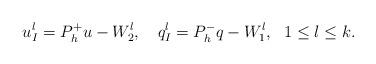
\begin{align*} u^l_I=P_h^+u-W^l_2,\ \ \ q^l_I=P_h^-q-W^l_1,\ \ 1\le l\le k.\end{align*}